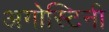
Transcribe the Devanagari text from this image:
अगोस्टिनी